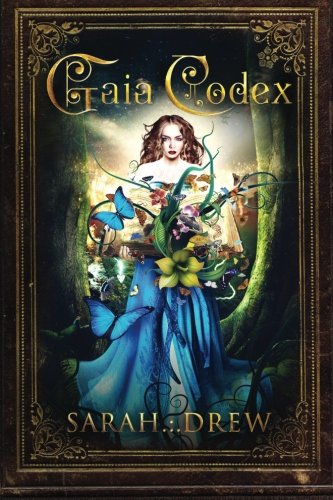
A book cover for Gaia Codex; Sarah Drew; Literature & Fiction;